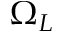
\Omega _ { L }